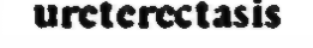
ureterectasis